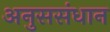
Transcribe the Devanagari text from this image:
अनुससंधान